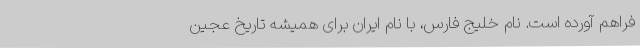
فراهم آورده است. نام خلیج فارس، با نام ایران برای همیشه تاریخ عجین